system: You are a helpful assistant.
user:
Analyze the provided spectrum to determine if it is a **"Cataclysmic Variables (CV)"**.

- **Key Indicators for CV (Check for either state):**
    - **State 1: Quiescent / Low-State (Emission-Dominated)**
        - **(Primary):** Strong and *very broad* Hydrogen Balmer emission lines (e.g., $H\alpha$ at 6563 Å, $H\beta$ at 4861 Å). The 'broadness' (high velocity dispersion, often FWHM > 1000 km/s) is the key diagnostic, indicating a high-velocity accretion disk.
        - **(Secondary):** Broad neutral Helium (He I) emission lines (e.g., 5876 Å, 6678 Å).
        - **(Key Confirmation):** Presence of high-excitation *ionized* Helium (He II) emission at 4686 Å. This is a strong indicator of accretion onto a white dwarf.
        - **(Line Profile):** Emission lines may exhibit a 'double-peaked' profile, which is a classic signature of a rotating accretion disk viewed at high inclination.

    - **State 2: Outburst / High-State (Absorption-Dominated)**
        - **(Primary):** Spectrum is dominated by a bright, blue continuum (looks like a hot star).
        - **(Secondary):** The emission lines from State 1 are weak, absent, or 'filled in', and are replaced by broad, shallow *absorption* lines (primarily Balmer and He I).
        - **(Morphology):** The overall spectrum mimics a hot B/A-type star. The crucial difference is that the absorption lines are significantly broader, shallower, and more 'washed-out' (or 'smeared') than the sharp lines of a normal stellar photosphere, due to high rotational speeds and pressure broadening in the disk.

Think first, call **spectral_visualization_tool** if needed to examine features in detail, then provide your final answer. Your response must adhere to the following strict rules:
1.  **Overall Structure:** Your response must follow the format `<think>...</think> <tool_call>...</tool_call> (if a tool is used) <answer>...</answer>`.
2.  **Tool Usage Constraint:** You may only make **one** tool call per turn.
3.  **Final Answer Format:** In the `<answer>` tag, your conclusion must be inside a `\boxed{}` command (e.g., `\boxed{YES}`), followed by your justification.

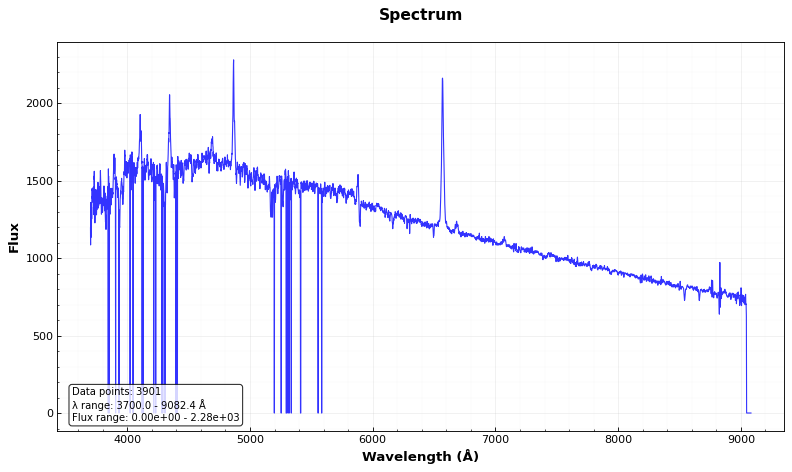
Answer: YES